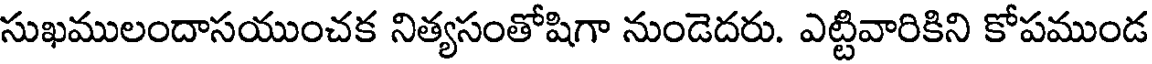
సుఖములందాసయుంచక నిత్యసంతోషిగా నుండెదరు. ఎట్టివారికిని కోపముండ